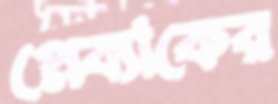
প্লেব্যাকের